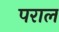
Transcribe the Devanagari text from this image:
पराल